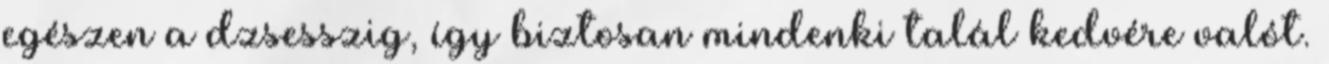
egészen a dzsesszig, így biztosan mindenki talál kedvére valót.